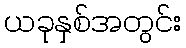
ယခုနှစ်အတွင်း